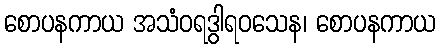
စောပနကာယ အသံဝရဒွါရဝသေန၊ စောပနကာယ